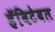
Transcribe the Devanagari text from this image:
हॅबिटेबल